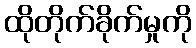
ထိုတိုက်ခိုက်မှုကို